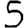
Digit: 5